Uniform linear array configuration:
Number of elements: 4
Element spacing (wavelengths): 0.75
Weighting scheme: cosine
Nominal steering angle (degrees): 60
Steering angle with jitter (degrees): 60.707
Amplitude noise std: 0.05
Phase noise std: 0.05

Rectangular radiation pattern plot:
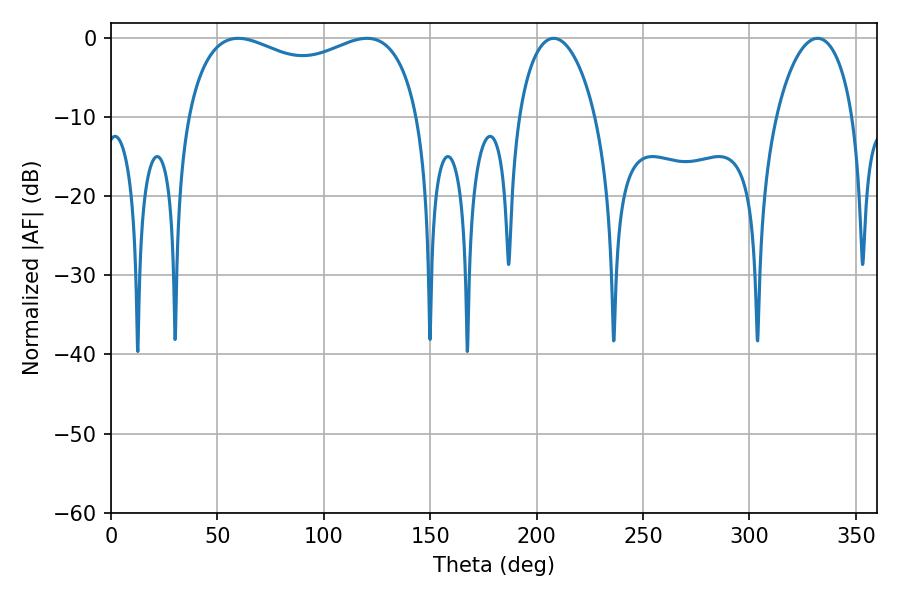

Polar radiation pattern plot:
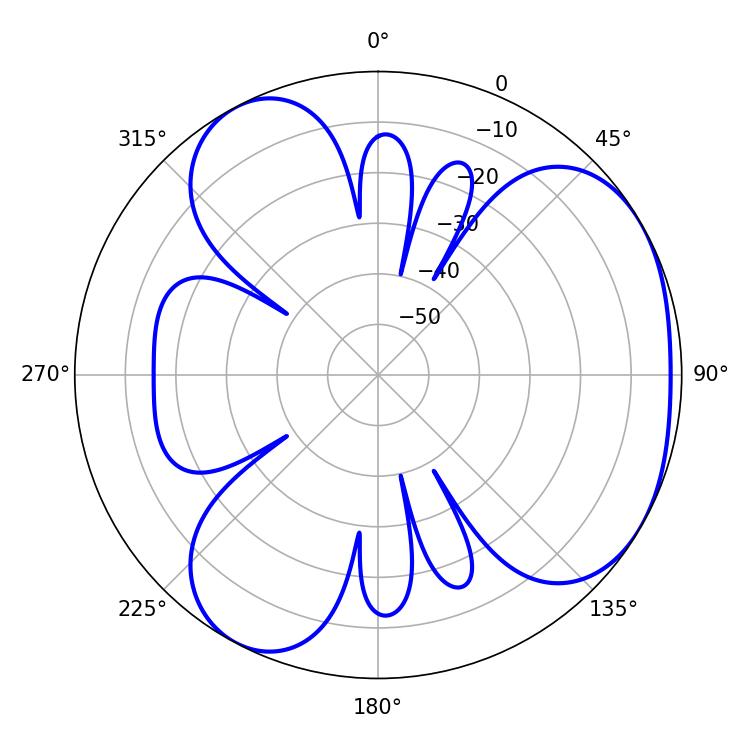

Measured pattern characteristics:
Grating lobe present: TRUE
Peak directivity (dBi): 3.971
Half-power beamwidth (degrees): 90.36
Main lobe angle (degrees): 59.76